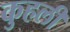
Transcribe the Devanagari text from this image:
कुहली